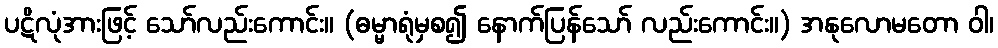
ပဋိလုံအားဖြင့် သော်လည်းကောင်း။ (ဓမ္မာရုံမှစ၍ နောက်ပြန်သော် လည်းကောင်း။) အနုလောမတော ဝါ၊